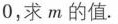
0，求m的值。